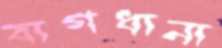
বাগধানা